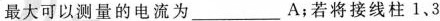
最大可以测量的电流为___A；若将接线柱1、3